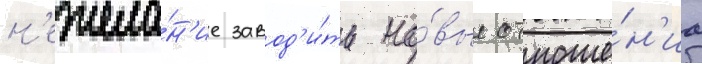
н'ежела́н'ие завод'и́ть но́вые отноше́н'иа